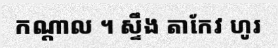
កណ្តាល ។ ស្ទឹង តាកែវ ហូរ